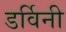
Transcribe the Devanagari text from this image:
डर्विनी